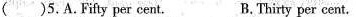
( )5.A.Fifty per cent. B.Thirty per cent.